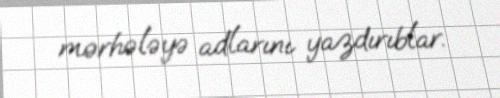
mərhələyə adlarını yazdırıblar.